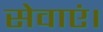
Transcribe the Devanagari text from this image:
सेवाएं।